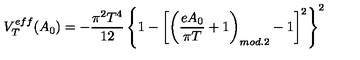
V _ { T } ^ { e f f } ( A _ { 0 } ) = - \frac { \pi ^ { 2 } T ^ { 4 } } { 1 2 } \left\{ 1 - \left[ \left( \frac { e A _ { 0 } } { \pi T } + 1 \right) _ { m o d . 2 } - 1 \right] ^ { 2 } \right\} ^ { 2 }